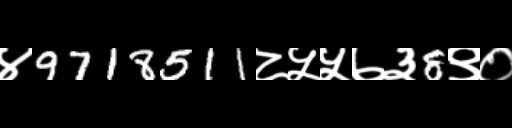
Text: ४9718511८५५७३8९०